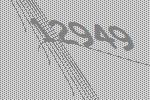
12949